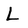
Character: L